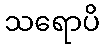
သရောပိ